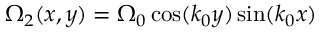
\Omega _ { 2 } ( x , y ) = \Omega _ { 0 } \cos ( k _ { 0 } y ) \sin ( k _ { 0 } x )